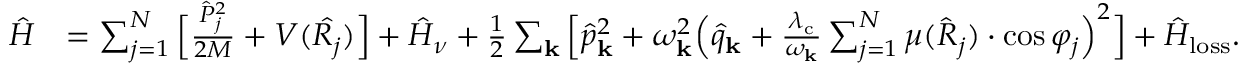
\begin{array} { r l } { \hat { H } } & { = \sum _ { j = 1 } ^ { N } \Big [ \frac { \hat { P } _ { j } ^ { 2 } } { 2 M } + V ( \hat { R _ { j } } ) \Big ] + \hat { H } _ { \nu } + \frac { 1 } { 2 } \sum _ { \mathbf { k } } \Big [ \hat { p } _ { \mathrm { \mathbf { k } } } ^ { 2 } + \omega _ { \mathbf { k } } ^ { 2 } \Big ( \hat { q } _ { \mathrm { \mathbf { k } } } + { \frac { \lambda _ { \mathrm { c } } } { \omega _ { \bf k } } } \sum _ { j = 1 } ^ { N } \mu ( \hat { R } _ { j } ) \cdot \cos \varphi _ { j } \Big ) ^ { 2 } \Big ] + \hat { H } _ { \mathrm { l o s s } } . } \end{array}